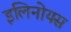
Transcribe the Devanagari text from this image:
इलिनोयस